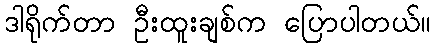
ဒါရိုက်တာ ဦးထူးချစ်က ပြောပါတယ်။